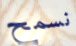
نسمح